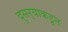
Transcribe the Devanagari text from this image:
दुसर्‍याकडून